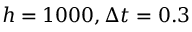
h = 1 0 0 0 , \Delta t = 0 . 3